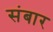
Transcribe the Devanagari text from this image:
संबार